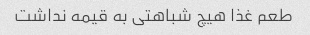
طعم غذا هیچ شباهتی به قیمه نداشت